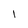
Character: l